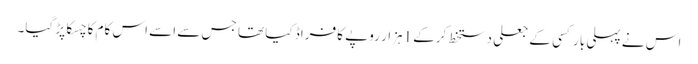
اس نے پہلی بار کسی کے جعلی دستخط کرکے 1ہزار روپے کا فراڈ کیا تھا جس سے اسے اس کام کا چسکا پڑ گیا۔